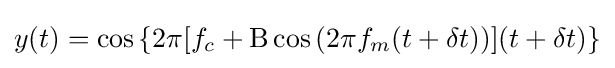
y(t)=\cos \left\{2\pi [f_{c}+\mathrm {B} \cos \left(2\pi f_{m}(t+\delta t)\right)](t+\delta t)\right\}